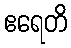
ဧရေတိ